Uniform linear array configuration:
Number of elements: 8
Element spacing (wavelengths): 0.75
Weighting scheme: exponential
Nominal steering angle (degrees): -60
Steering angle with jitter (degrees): -60.248
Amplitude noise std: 0.05
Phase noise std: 0.05

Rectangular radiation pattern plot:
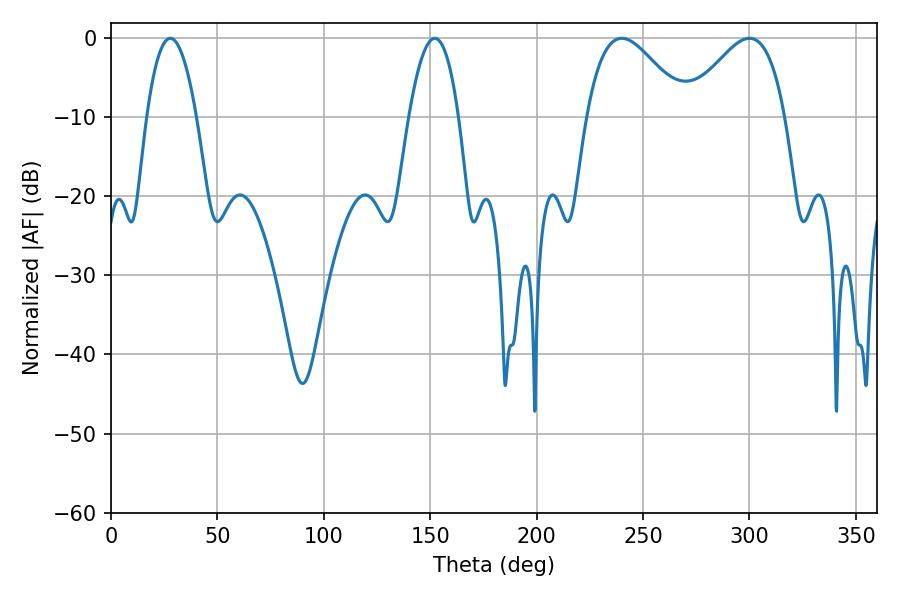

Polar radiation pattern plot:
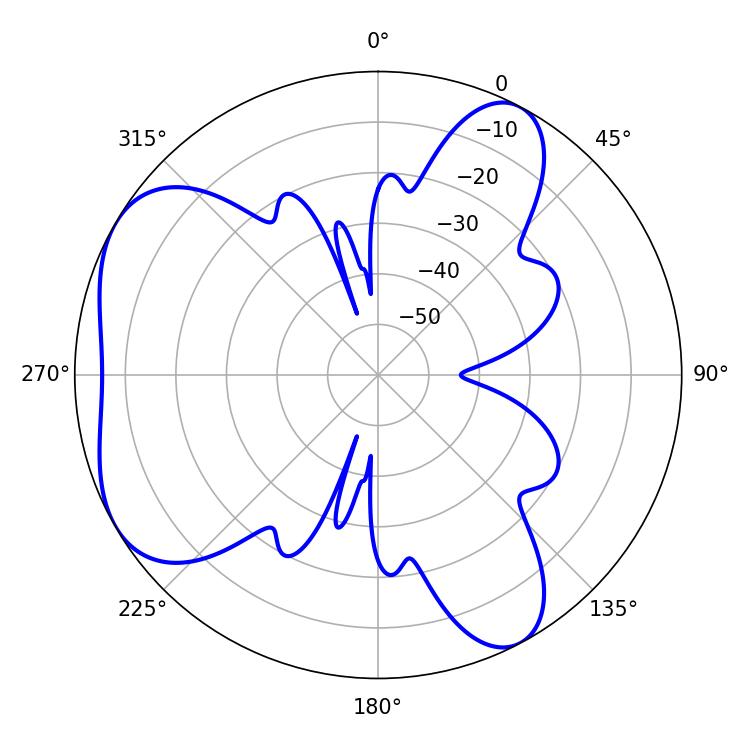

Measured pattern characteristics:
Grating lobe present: TRUE
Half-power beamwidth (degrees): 25.02
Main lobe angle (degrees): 239.94